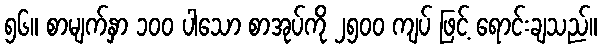
၅၆။ စာမျက်နှာ ၁၀၀ ပါသော စာအုပ်ကို ၂၅၀၀ ကျပ် ဖြင့် ရောင်းချသည်။